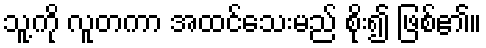
သူ့ကို လူတကာ အထင်သေးမည် စိုး၍ ဖြစ်၏။